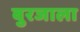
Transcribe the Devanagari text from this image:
बुरजाला